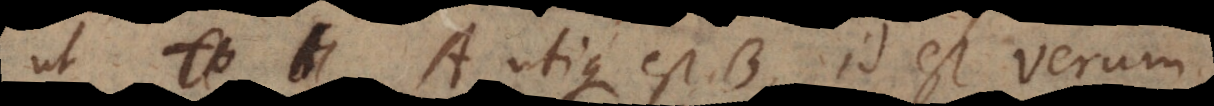
ut A utique est B, id est verum